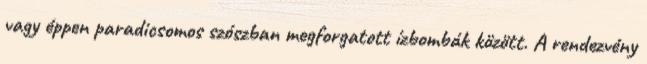
vagy éppen paradicsomos szószban megforgatott ízbombák között. A rendezvény